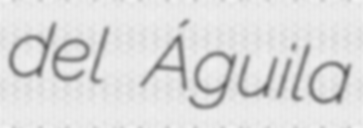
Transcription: del Águila